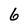
Character: 6